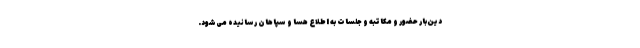
دین‌بار حضور و مکاتبه و جلسات به اطلاع هسا و سپاهان رسانیده می‌شود.